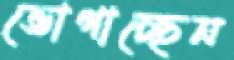
ভোগাচ্ছেন